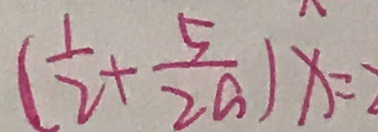
( \frac { 1 } { 2 } + \frac { 5 } { 2 a } ) x = 2